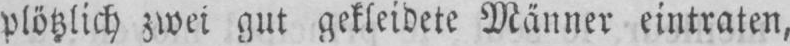
plötzlich zwei gut gekleidete Männer eintraten,